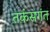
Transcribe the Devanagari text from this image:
तर्कसगंत